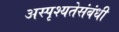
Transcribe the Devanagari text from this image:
अस्पृश्यतेसंबंधी